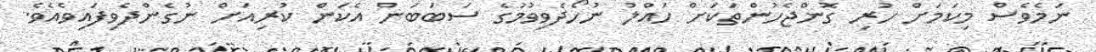
ނަމެވެސް މިކަމަށް ހުރި ގޮންޖެހުންތަކަށް ހައްލު ނުހޯދެވިވުމުގެ ސަބަބަން އެކަން ކުރިއަށް ނުގެންދެވިފައިވެއެވެ.